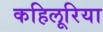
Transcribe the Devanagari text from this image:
कहिलूरिया